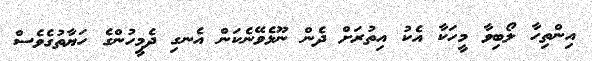
އިންތިހާ ލޯބިވާ މީހަކާ އެކު އިތުރަށް ދެން ނޫޅެވޭނެކަން އެނގި ދެމީހުންގެ ހަޔާތުގެވެސް